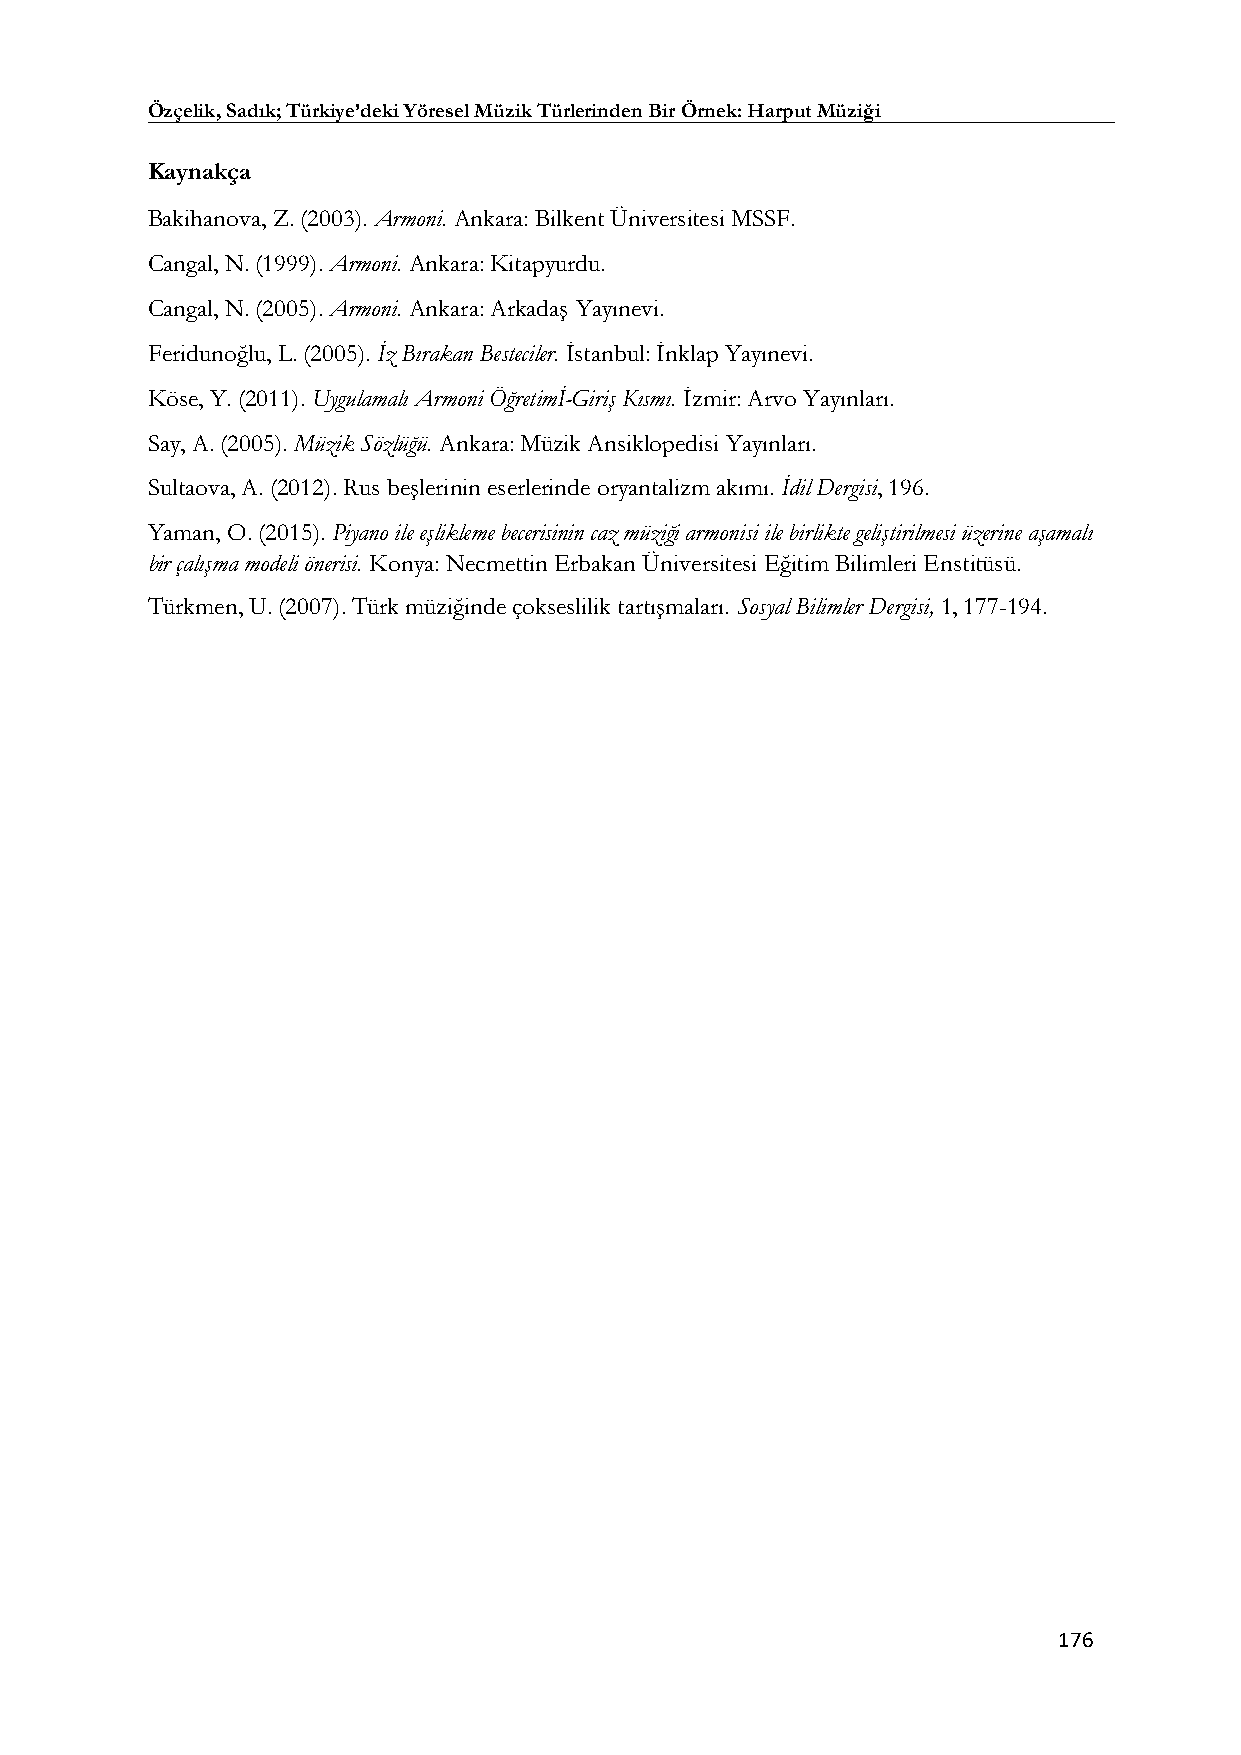
Özçelik, Sadık; Türkiye’deki Yöresel Müzik Türlerinden Bir Örnek: Harput Müziği
 Kaynakça
 Bakihanova, Z. (2003). Armoni. Ankara: Bilkent Üniversitesi MSSF.
 Cangal, N. (1999). Armoni. Ankara: Kitapyurdu.
 Cangal, N. (2005). Armoni. Ankara: Arkadaş Yayınevi.
 Feridunoğlu, L. (2005). İz Bırakan Besteciler. İstanbul: İnklap Yayınevi.
 Köse, Y. (2011). Uygulamalı Armoni Öğretimİ-Giriş Kısmı. İzmir: Arvo Yayınları.
 Say, A. (2005). Müzik Sözlüğü. Ankara: Müzik Ansiklopedisi Yayınları.
 Sultaova, A. (2012). Rus beşlerinin eserlerinde oryantalizm akımı. İdil Dergisi, 196.
 Yaman, O. (2015). Piyano ile eşlikleme becerisinin caz müziği armonisi ile birlikte geliştirilmesi üzerine aşamalı
 bir çalışma modeli önerisi. Konya: Necmettin Erbakan Üniversitesi Eğitim Bilimleri Enstitüsü.
 Türkmen, U. (2007). Türk müziğinde çokseslilik tartışmaları. Sosyal Bilimler Dergisi, 1, 177-194.
 176